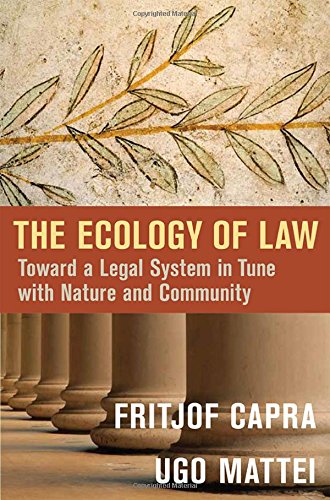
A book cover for The Ecology of Law: Toward a Legal System in Tune with Nature and Community; Fritjof Capra; Science & Math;